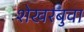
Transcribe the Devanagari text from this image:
शेखरबुवा